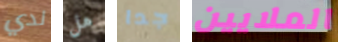
لدي هل جدا الملايين